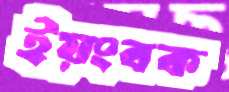
ইয়ংবক